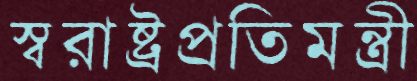
স্বরাষ্ট্রপ্রতিমন্ত্রী